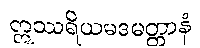
ဣဿရိယမဒမတ္တာနံ